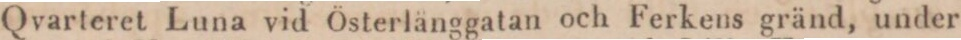
Qvarteret Luna vid Österlänggatan och Ferkens gränd, under